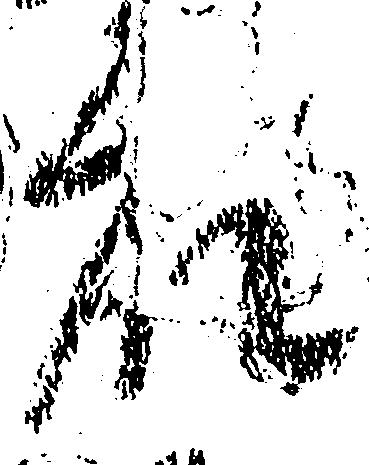
衆